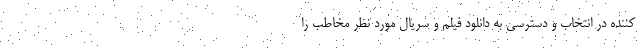
کننده در انتخاب و دسترسی به دانلود فیلم و سریال مورد نظر مخاطب را